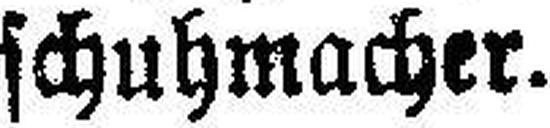
schuhmacher.